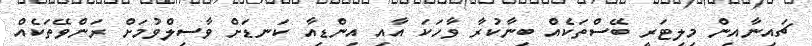
ޗައިނާއިން މިލިޓަރީ ބޭސްތަކެއް ބިނާކުރާ ވާހަކަ އާއި އިންޑިއާ ކަނޑަށް ވާސިލްވުމަށް ރަންވޭތަކެއް